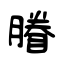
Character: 膡